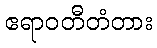
ဧရာဝတီတံတား